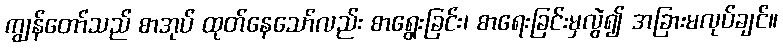
ကျွန်တော်သည် စာအုပ် ထုတ်နေသော်လည်း စာရွေးခြင်း၊ စာရေးခြင်းမှလွဲ၍ အခြားမလုပ်ချင်။